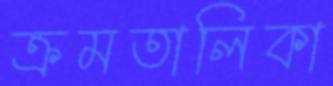
ক্রমতালিকা